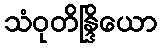
သံဝုတိန္ဒြိယော